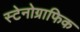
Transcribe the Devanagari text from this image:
स्टेनोग्राफिक